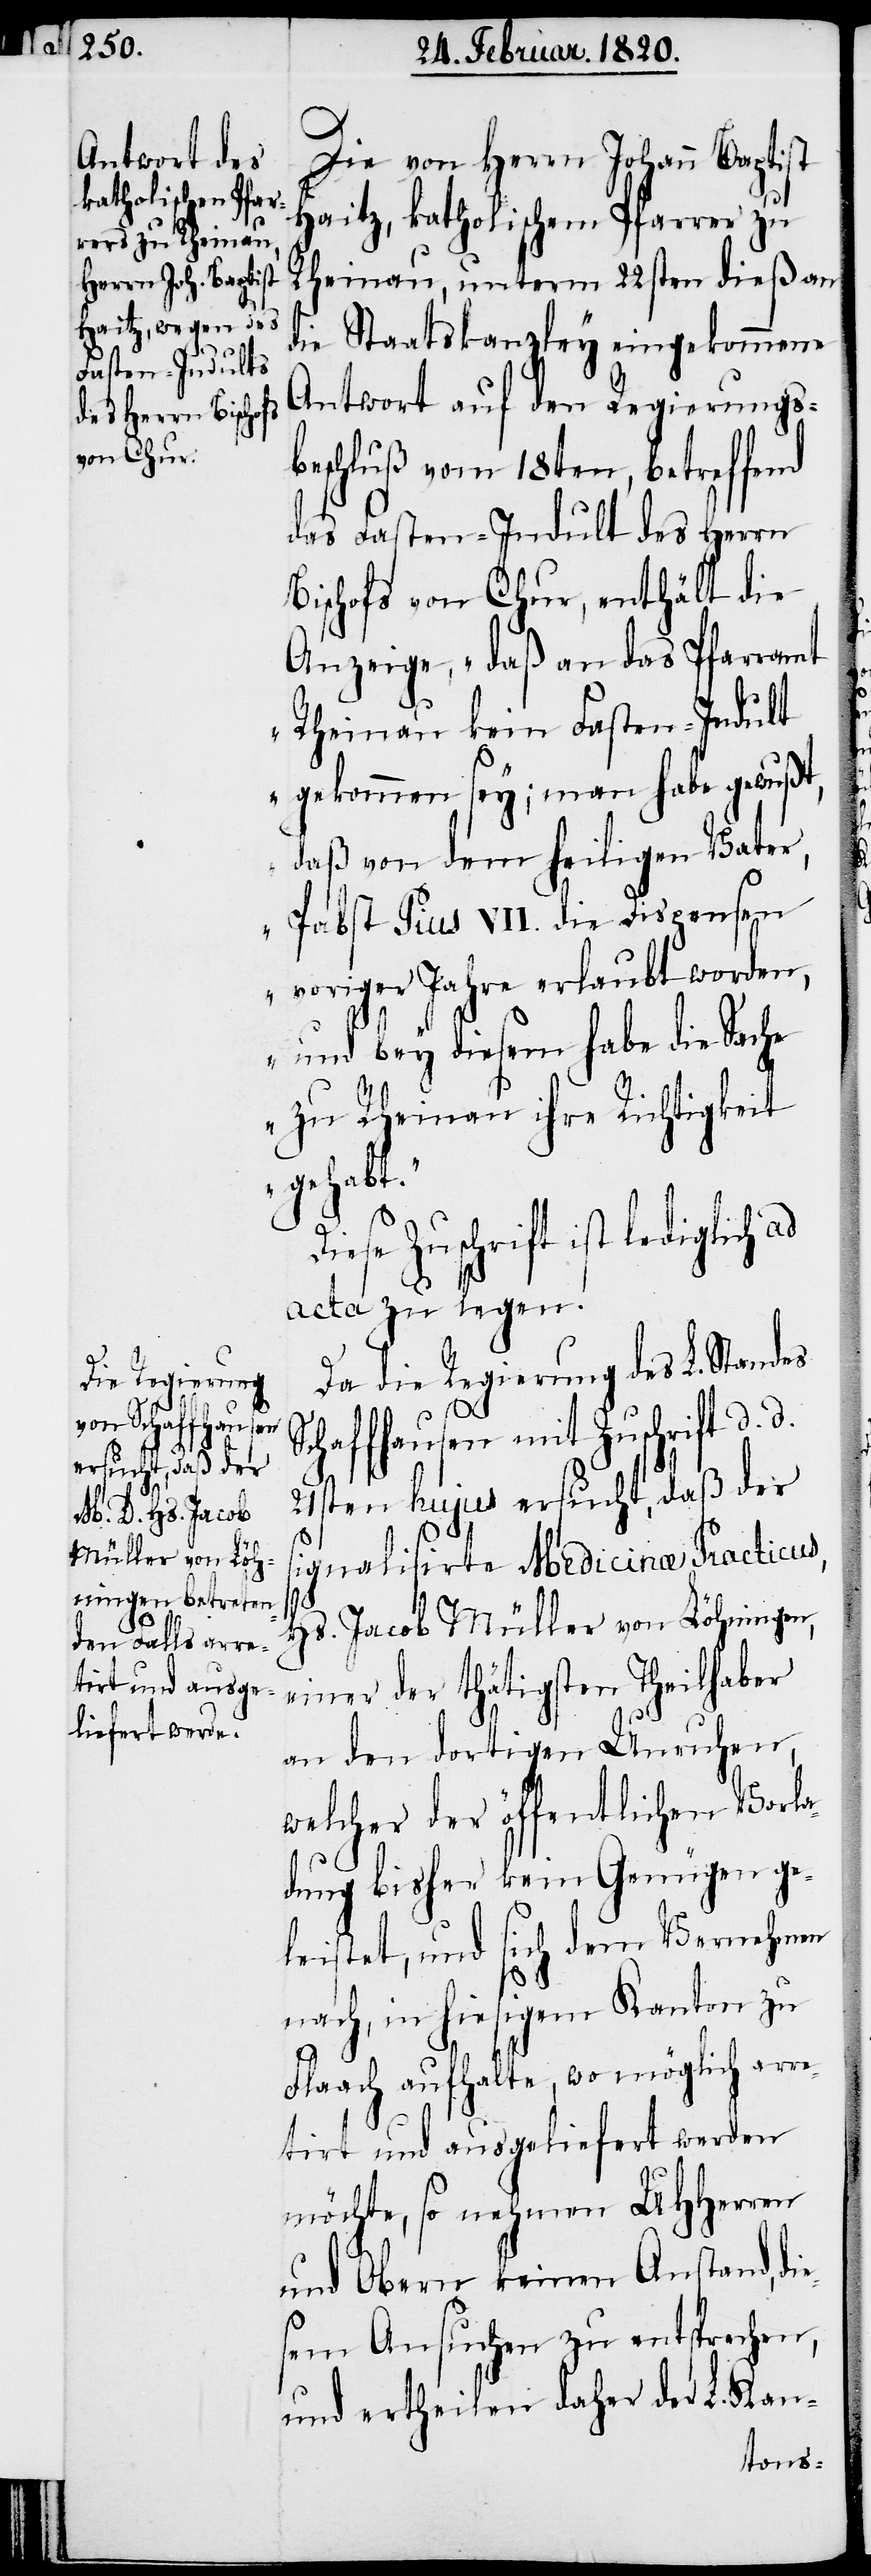
die¬

Die von Herrn Johann Baptist
Haitz, katholischem Pfarrer zu
Rheinau, unterm 22sten dieß an
die Staatskanzley eingekommene
Antwort auf den Regierungsb¬
eschluß vom 18ten, betreffend
das Fasten-Indult des Herrn
Bischofs von Chur, enthält die
Anzeige, „daß an das Pfarramt
Rheinau kein Fasten-Indult
gekommen sey; man habe gewußt,
daß von dem heiligen Vater,
Pabst Pius VII. die Dispensen
voriger Jahre erlaubt worden,
und bey diesem habe die Sache
zu Rheinau ihre Richtigkeit
gehabt.“
Diese Zuschrift ist lediglich ad
acta zu legen.
Da die Regierung des L. Standes
chaffhausen mit Zuschrift d d
21sten hujus ersucht, daß der
signalisirte Medicinae Practicus,
Hs. Jacob Müller von Löhningen,
einer der thätigsten Theilhaber
an den dortigen Unruhen,
welcher der öffentlichen Vorla¬
dung bisher kein Genügen ge¬
leistet, und sich dem Vernehmen
nach, in hiesigem Kanton zu
Flaach aufhalte, wo möglich arre¬
tirt und ausgeliefert werden
möchte, so nehmen UHHerren
und Obern keinen Anstand,
sem Ansuchen zu entsprechen,
und ertheilen daher der L. Kan-